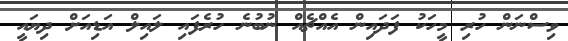
ވިސްނަން ހުރި މީހަކު ފަދައިން އެއްޗެއް ނުބުނެ ހުރެފައި ލައިލް އަޑިއަށް ދިޔައީ